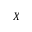
X